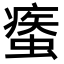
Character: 𧎿